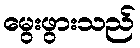
မွေးဖွားသည်